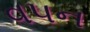
વપન